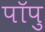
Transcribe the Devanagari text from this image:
पॉपु